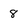
Character: 8